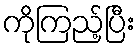
ကိုကြည့်ပြီး